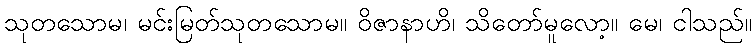
သုတသောမ၊ မင်းမြတ်သုတသောမ။ ဝိဇာနာဟိ၊ သိတော်မူလော့။ မေ၊ ငါသည်။